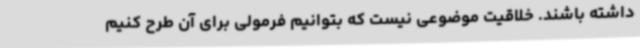
داشته باشند. خلاقیت موضوعی نیست که بتوانیم فرمولی برای آن طرح کنیم